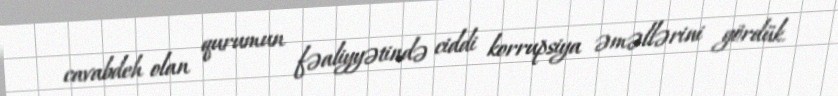
cavabdeh olan qurumun fəaliyyətində ciddi korrupsiya əməllərini gördük.